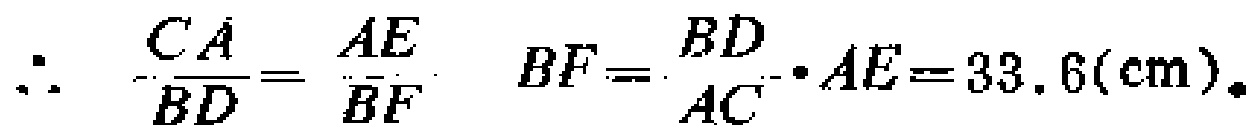
\(\therefore\ \frac{CA}{BD}=\frac{AE}{BF}\ \ BF = \frac{BD}{AC}\cdot AE = 33.6(\text{cm})。\)